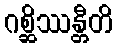
ဂစ္ဆိဿန္တီတိ